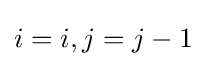
i=i,j=j-1